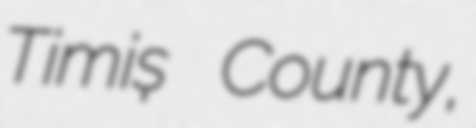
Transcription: Timiș County,